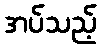
အပ်သည့်